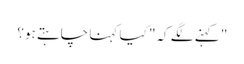
" کہنے لگے کہ" کیا کہنا چاہتے ہو؟